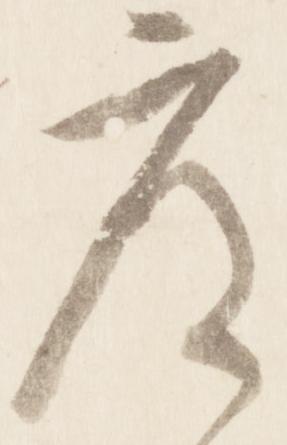
度